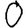
Digit: 0